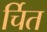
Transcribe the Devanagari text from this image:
र्चित